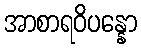
အာစာရဝိပန္နော